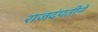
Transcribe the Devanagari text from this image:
राजदंपतीने